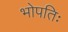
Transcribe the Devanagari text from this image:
भोपतिः